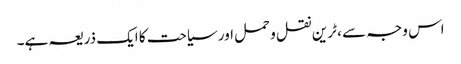
اس وجہ سے ، ٹرین نقل و حمل اور سیاحت کا ایک ذریعہ ہے۔